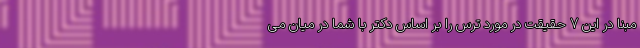
مبنا در این 7 حقیقت در مورد ترس را بر اساس دکتر با شما در میان می